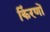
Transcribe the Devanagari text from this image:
किंरणों